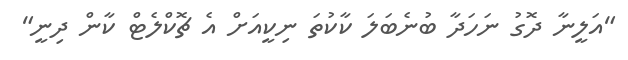
"އަލީނާ ދޮގު ނަހަދާ ބުނެބަލަ ކާކުތަ ނިކީއަށް އެ ޗޮކްލެޓް ކާން ދިނީ"